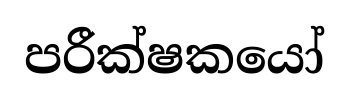
පරීක්ෂකයෝ